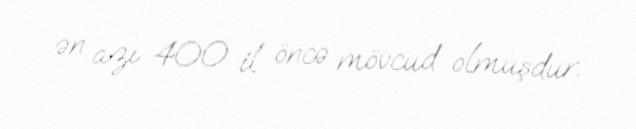
ən azı 400 il öncə mövcud olmuşdur.